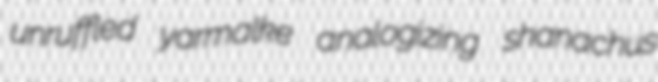
unruffled yarmalke analogizing shanachus